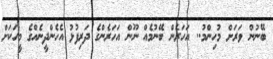
ބޭނުން ވަރަށް މުހިންމު.. އަހަރެން ބޭނުމެއް ނޫން އަހަރެންގެ ދަރިފުޅު އެހެންދީނެއްގެ މީހަކަށް